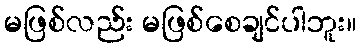
မဖြစ်လည်း မဖြစ်စေချင်ပါဘူး။